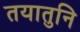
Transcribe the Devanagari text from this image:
तयातुनि